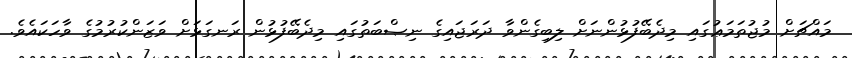
މައްޗަށް މުޖުތަމަޢުގައި މިދެބޭފުޅުންނަށް ލިބިގެންވާ ދަރަޖައިގެ ނިޞްބަތުގައި މިދެބޭފުޅުން ރަނގަޅަށް ވަޒަންކުރުމުގެ ވާހަކައެވެ.